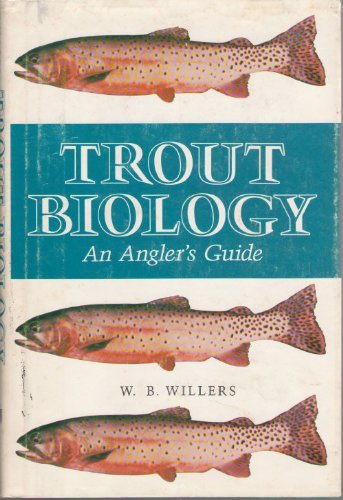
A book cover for Trout Biology, an Angler's Guide; W. B. Willers; Sports & Outdoors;